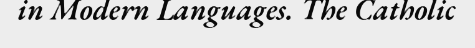
in Modern Languages. The Catholic